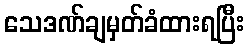
သေဒဏ်ချမှတ်ခံထားရပြီး